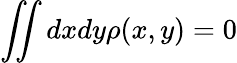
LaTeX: \iint dxdy\rho(x,y)=0